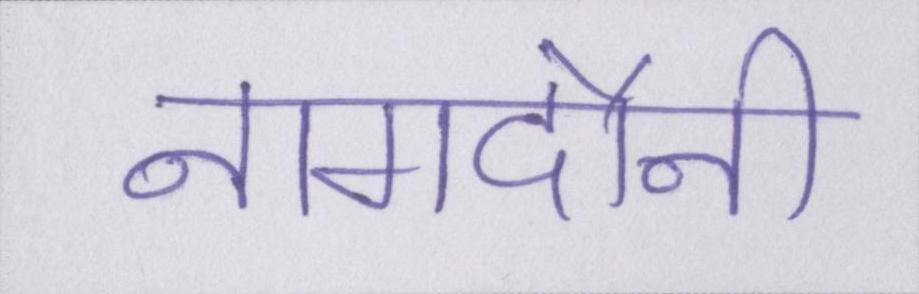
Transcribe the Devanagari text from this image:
नागदौनी